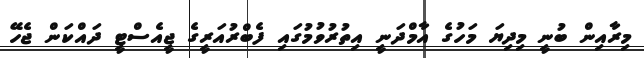
މިރާއިން ބުނީ މިދިޔަ މަހުގެ އާމްދަނީ އިތުރުވުމުގައި ފެބްރުއަރީގެ ޖީއެސްޓީ ދައްކަން ޖެހޭ